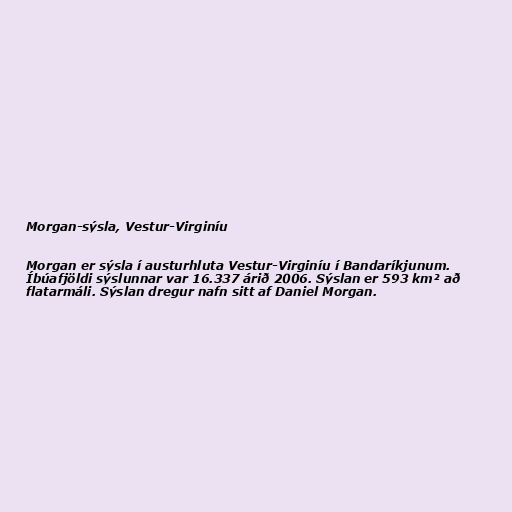
Morgan-sýsla, Vestur-Virginíu

Morgan er sýsla í austurhluta Vestur-Virginíu í Bandaríkjunum.
Íbúafjöldi sýslunnar var 16.337 árið 2006. Sýslan er 593 km² að
flatarmáli. Sýslan dregur nafn sitt af Daniel Morgan.